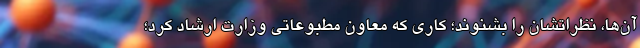
‌آن‌ها، نظراتشان را بشنوند؛ کاری که معاون مطبوعاتی وزارت ارشاد کرد؛